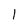
Character: l